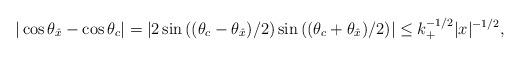
LaTeX: \begin{align*}\vert \cos\theta_{\hat x}-\cos \theta_c\vert = \left\vert 2\sin \left(({\theta_c-\theta_{\hat x}})/2\right)\sin \left(({\theta_c+\theta_{\hat x}})/2\right)\right\vert\le k^{-1/2}_+ \vert x \vert^{-1/2},\end{align*}